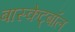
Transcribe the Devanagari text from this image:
बास्केट्बॉल